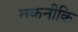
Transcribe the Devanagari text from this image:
तकनीकि